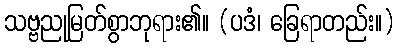
သဗ္ဗညုမြတ်စွာဘုရား၏။ (ပဒံ၊ ခြေရာတည်း။)